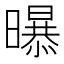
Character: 𭨃